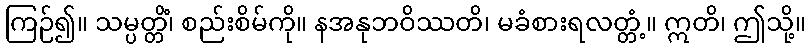
ကြဉ်၍။ သမ္ပတ္တိံ၊ စည်းစိမ်ကို။ နအနုဘဝိဿတိ၊ မခံစားရလတ္တံ့။ ဣတိ၊ ဤသို့။